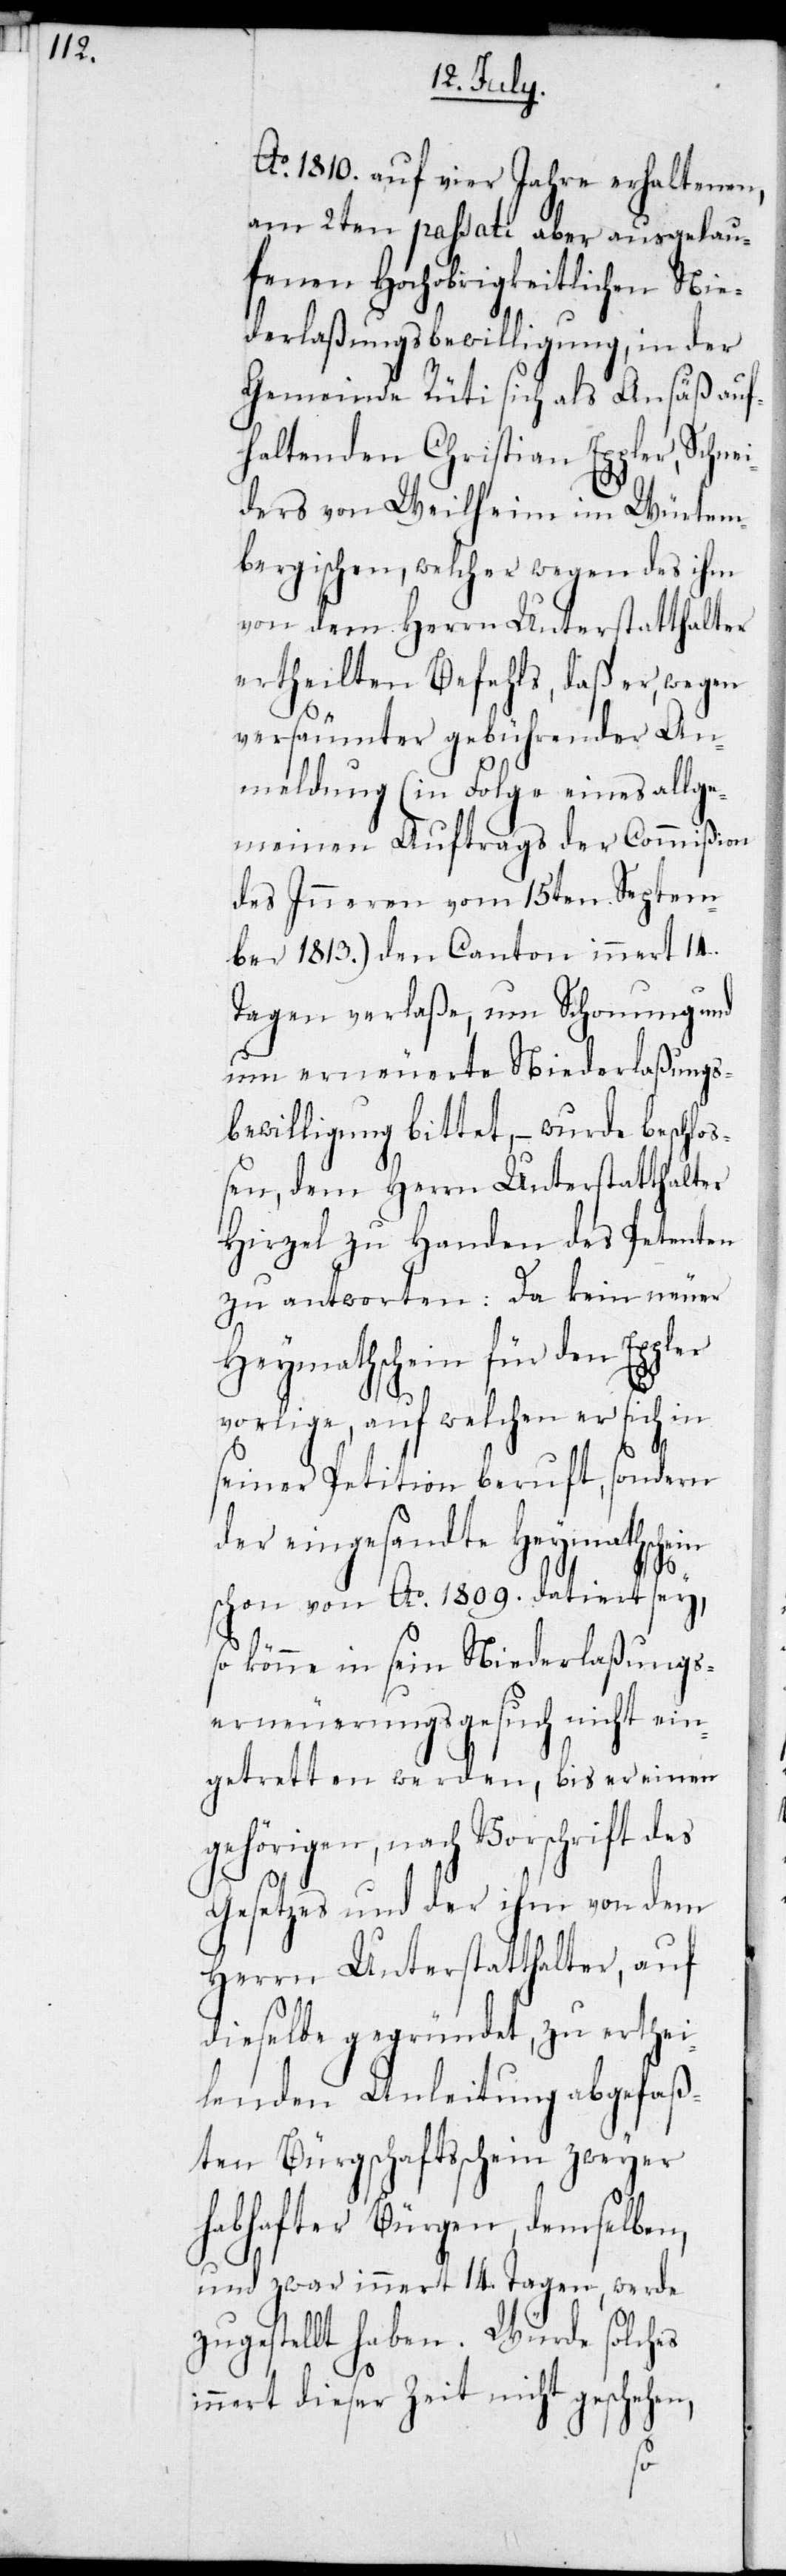
Ao 1810. auf vier Jahre erhaltenen,
am 2ten passati aber ausgelau¬
fenen Hochobrigkeitlichen Nie¬
derlaßungsbewilligung, in der
Gemeinde Rüti sich als Ansäß auf¬
haltenden Christian Eppler, Schne¬
iders von Weilheim im Würtem¬
bergischen, welcher wegen des ihm
von dem Herrn Unterstatthalter
ertheilten Befehls, daß er, wegen
versäumter gebührender An¬
meldung (in Folge eines allge¬
meinen Auftrags der Commißion
des Inneren vom 15ten Septem¬
ber 1813.) den Canton innert 14.
Tagen verlaße, um Schonung und
um erneuerte Niederlaßungs¬
bewilligung bittet, – wurde beschlo¬
ßen, dem Herrn Unterstatthalter
Hirzel zu Handen des Petenten
zu antworten: Da kein neuer
Heymathschein für den Eppler
vorlige, auf welchen er sich in
seiner Petition beruft, sondern
der eingesandte Heymathschein
schon von Ao 1809. datiert sey,
so könne in sein Niederlaßungs¬
erneuerungsgesuch nicht ein¬
getretten werden, bis er einen
gehörigen, nach Vorschrift des
Gesetzes und der ihm von dem
Herrn Unterstatthalter, auf
dieselbe gegründet, zu erthei¬
lende Anleitung abgefaß¬
ten Bürgschaftsschein zweyer
habhafter Bürgen, demselben,
und zwar innert 14. Tagen, werde
zugestellt haben. Würde solches
innert dieser Zeit nicht geschehen,